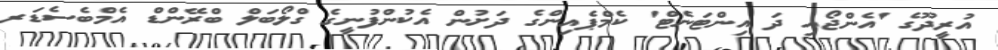
އުރީދޫގެ 'އެންޖޯއި ދަ އިންޓަނެޓް' ކެމްޕެއިންގެ ދަށުން އެކުންފުނީގެ ގްލޯބަލް ބްރޭންޑް އެމްބެސެޑަރ